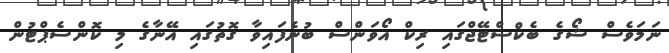
ނަމަވެސް ޝޯގެ ބެކްސްޓޭޖްގައި ރިކް އޯވަންސް ބުނެފައިވާ ގޮތުގައި އޭނާގެ މި ކޮންސެޕްޓުން